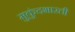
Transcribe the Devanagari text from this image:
मुकुंदभारती